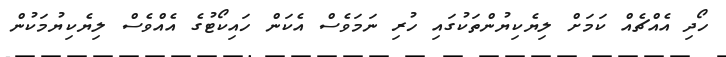
ހޯދި އެއްޗެއް ކަމަށް ލިޔެކިޔުންތަކުގައި ހުރި ނަމަވެސް އެކަން ހައިކޯޓުގެ އެއްވެސް ލިޔެކިޔުމަކުން